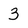
Character: 3